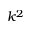
k ^ { 2 }